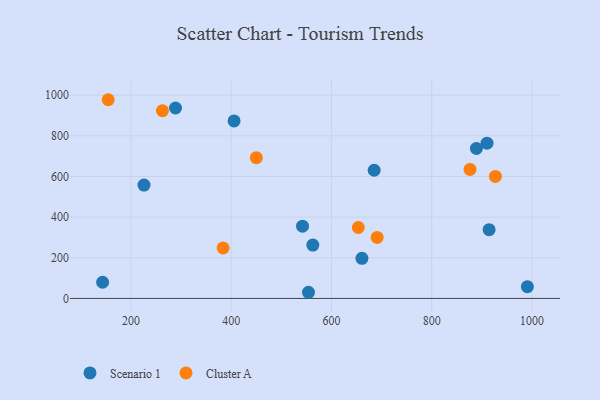
{"axis": {"x": "Price", "y": "Salary"}, "legend": ["Cluster A", "Scenario 1"], "data": [{"x": "660.8", "y": 197.5, "type": "Scenario 1"}, {"x": "914.5", "y": 338.1, "type": "Scenario 1"}, {"x": "226.1", "y": 557.8, "type": "Scenario 1"}, {"x": "910.3", "y": 764.0, "type": "Scenario 1"}, {"x": "889.2", "y": 737.9, "type": "Scenario 1"}, {"x": "405.8", "y": 873.6, "type": "Scenario 1"}, {"x": "685.2", "y": 630.7, "type": "Scenario 1"}, {"x": "990.8", "y": 58.0, "type": "Scenario 1"}, {"x": "143.6", "y": 79.7, "type": "Scenario 1"}, {"x": "289.0", "y": 936.9, "type": "Scenario 1"}, {"x": "562.9", "y": 262.3, "type": "Scenario 1"}, {"x": "542.3", "y": 355.6, "type": "Scenario 1"}, {"x": "554.2", "y": 30.3, "type": "Scenario 1"}, {"x": "450.2", "y": 692.7, "type": "Cluster A"}, {"x": "154.7", "y": 977.7, "type": "Cluster A"}, {"x": "383.9", "y": 248.5, "type": "Cluster A"}, {"x": "262.9", "y": 924.0, "type": "Cluster A"}, {"x": "927.0", "y": 600.4, "type": "Cluster A"}, {"x": "653.6", "y": 348.9, "type": "Cluster A"}, {"x": "876.4", "y": 634.8, "type": "Cluster A"}, {"x": "691.1", "y": 300.3, "type": "Cluster A"}]}